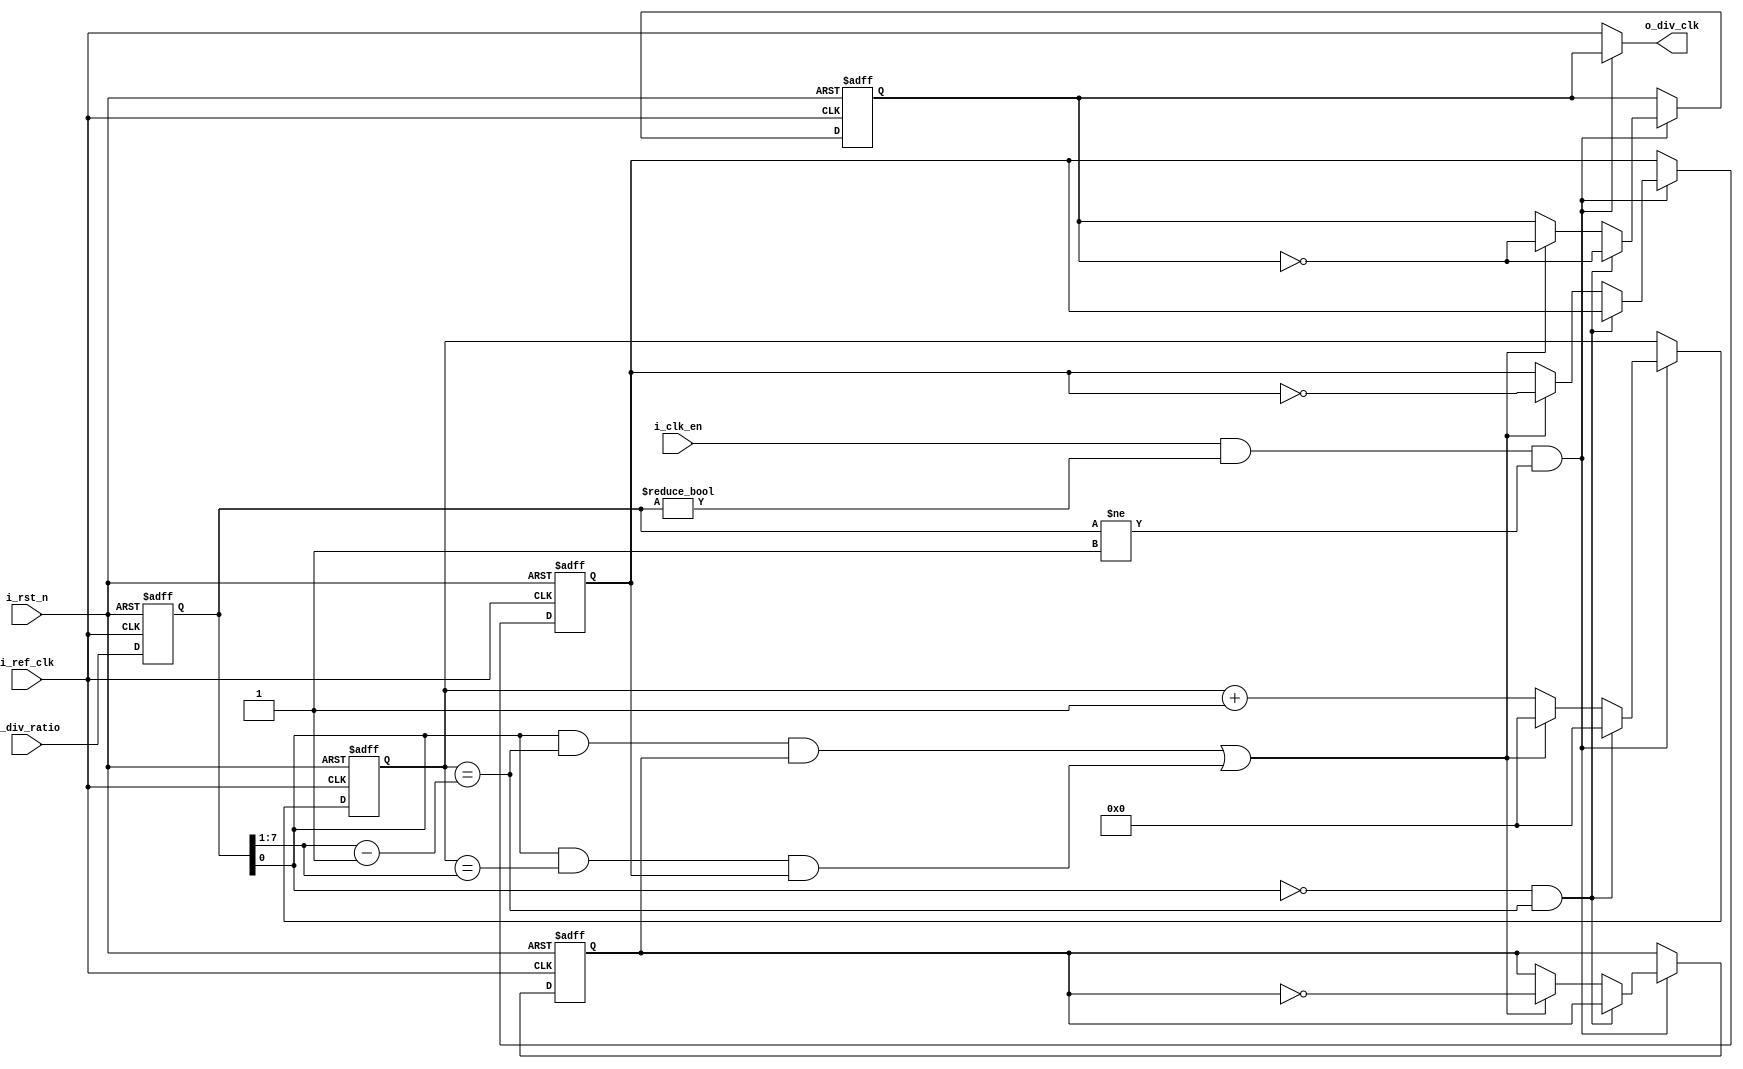
`timescale 1ns / 1ps

//////////////////////////////////////////////////////////////////////////////////
// Diploma: By Eng. Ali Mohamed Eltemsah
// Design Name: DigIC_Dip08_09_P
// Module Name: ClkDiv
// Project Name: Integer Clock Divider
//////////////////////////////////////////////////////////////////////////////////


module ClkDiv #(parameter DIVIDED_RATIO_WIDTH = 8)(
    input   wire                                       i_ref_clk,
    input   wire                                       i_rst_n,
    input   wire                                       i_clk_en,
    input   wire       [DIVIDED_RATIO_WIDTH - 1 : 0]   i_div_ratio,
    output  wire                                       o_div_clk
    );

reg     [DIVIDED_RATIO_WIDTH - 1 : 0]   i_div_ratio_reg;                            // to register input i_div_ratio
reg     [DIVIDED_RATIO_WIDTH - 2 : 0]   counter_reg;                                // counter
reg                                     odd_high_pulse;                             // flag for high pulse in case of odd ratio
reg                                     odd_low_pulse;                              // flag for low pulse in case of odd ratio
reg                                     o_div_clk_reg;                              // to register output o_div_clk

wire    [DIVIDED_RATIO_WIDTH - 2 : 0]   high_pulse_counts;                           // counter final value of high pulse in case of even or odd
wire    [DIVIDED_RATIO_WIDTH - 2 : 0]   low_pulse_counts;                           // counter final value of low pulse in case of odd
wire                                    clk_div_en;                                 // for the corner case
wire                                    even_half_period_done;                      // to check if even and counter = final value of half period
wire                                    odd_high_pulse_done;                         // to check if odd and counter = final value of high pulse
wire                                    odd_low_pulse_done;                         // to check if odd and counter = final value of low pulse
wire                                    is_odd_ratio;                               // determine whether input ratio is odd or even

always @(posedge i_ref_clk, negedge i_rst_n)
    begin
        if (!i_rst_n)
            i_div_ratio_reg <= 0;
        else
            i_div_ratio_reg <= i_div_ratio;
    end

always @(posedge i_ref_clk, negedge i_rst_n)
    begin
        if (!i_rst_n)
            begin
                o_div_clk_reg <= 0;
                counter_reg <= 0;
                odd_high_pulse <= 0; 
                odd_low_pulse <= 1;   
            end
        else if (clk_div_en)
            begin
                if (even_half_period_done)
                    begin
                        counter_reg <= 0;
                        o_div_clk_reg <= ~o_div_clk_reg;
                    end
                else if (odd_high_pulse_done || odd_low_pulse_done)
                    begin
                        counter_reg <= 0;
                        o_div_clk_reg <= ~o_div_clk_reg;
                        odd_high_pulse <= ~odd_high_pulse; 
                        odd_low_pulse <= ~odd_low_pulse;
                    end
                else
                    begin
                        counter_reg <= counter_reg + 1'b1;
                    end 
            end
    end

assign high_pulse_counts = ((i_div_ratio_reg >> 1) - 1);      // in case of even ratio, low-pulse counts = high-pulse counts (duty cycle = 50%)
assign low_pulse_counts = (i_div_ratio_reg >> 1); // in case of odd ratio, low-pulse counts = high-pulse counts + 1 (duty cycle < 50%)
assign is_odd_ratio = i_div_ratio_reg[0];

assign even_half_period_done = (!is_odd_ratio) && (counter_reg == high_pulse_counts);
assign odd_high_pulse_done = ((is_odd_ratio) && (counter_reg == high_pulse_counts) && (odd_high_pulse)); 
assign odd_low_pulse_done = ((is_odd_ratio) && (counter_reg == low_pulse_counts) && (odd_low_pulse));
assign clk_div_en = (i_clk_en) && (i_div_ratio_reg != 0) && (i_div_ratio_reg != 1);

assign o_div_clk = clk_div_en? o_div_clk_reg : i_ref_clk; // if clock divider is enabled, output divided clock. else, output reference clock.
endmodule